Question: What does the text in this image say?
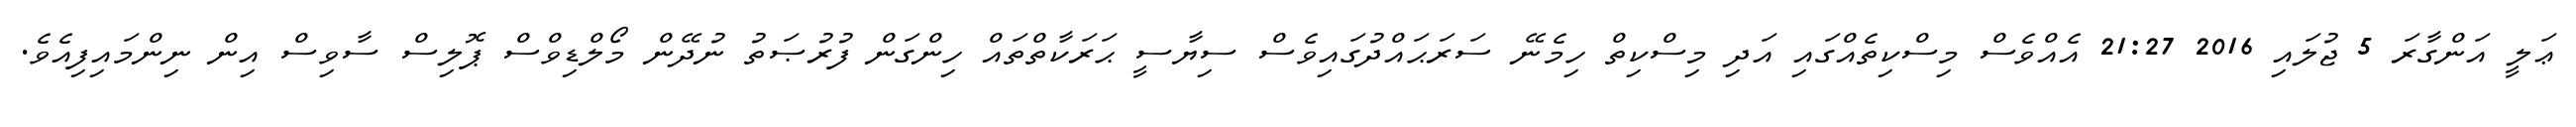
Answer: ޢަލީ އަންގާރަ 5 ޖުލައި 2016 21:27 އެއްވެސް މިސްކިތެއްގައި އަދި މިސްކިތް ހިމެނޭ ސަރަޙައްދުގައިވެސް ސިޔާސީ ޙަރަކާތްތައް ހިންގަން ފުރުޞަތު ނުދޭން މޯލްޑިވްސް ޕޮލިސް ސާވިސް އިން ނިންމައިފިއެވެ.